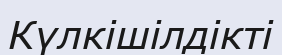
Күлкішілдікті